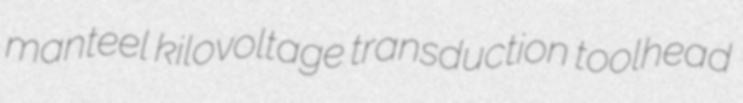
manteel kilovoltage transduction toolhead